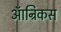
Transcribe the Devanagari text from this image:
ऑन्रिकस